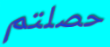
حصلتم